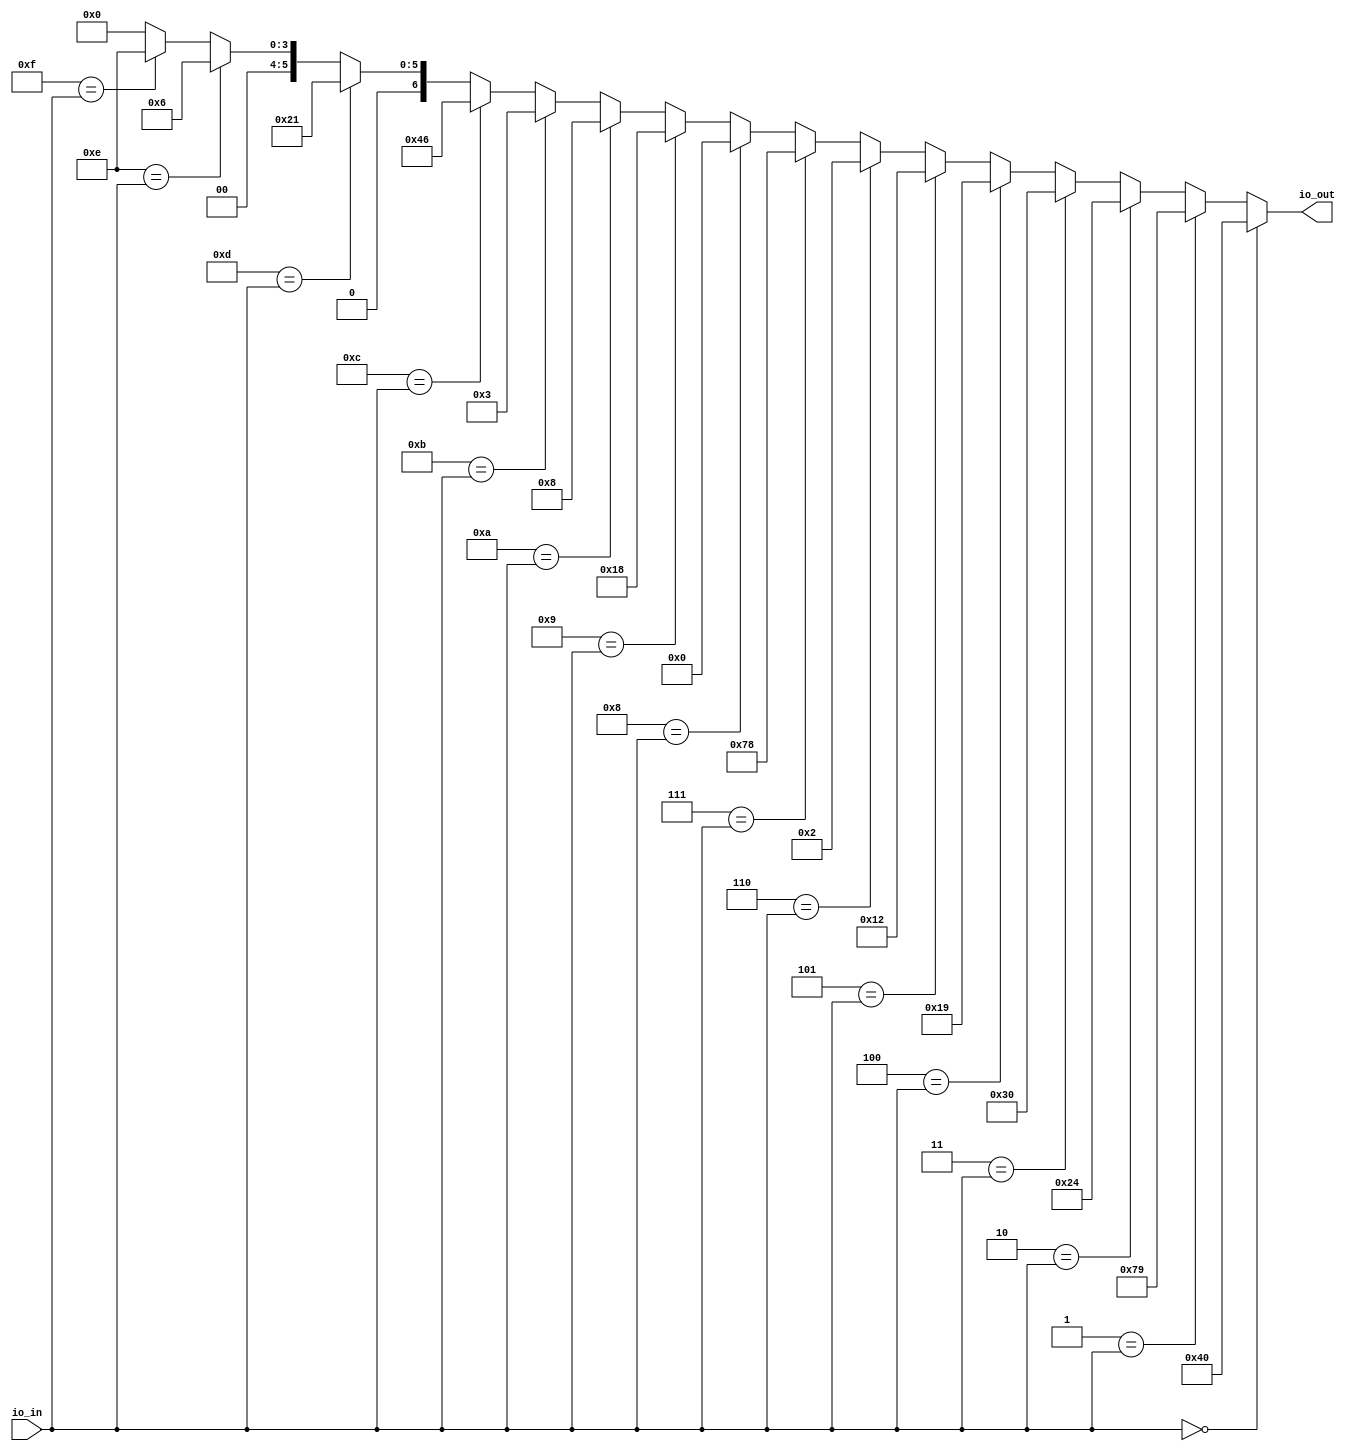
module decoder7seg(
  input  [3:0] io_in,
  output [6:0] io_out
);
  wire [6:0] _GEN_0 = 4'hf == io_in ? 7'he : 7'h0; // @[decoder7seg.scala 14:17 30:29]
  wire [6:0] _GEN_1 = 4'he == io_in ? 7'h6 : _GEN_0; // @[decoder7seg.scala 14:17 29:29]
  wire [6:0] _GEN_2 = 4'hd == io_in ? 7'h21 : _GEN_1; // @[decoder7seg.scala 14:17 28:29]
  wire [6:0] _GEN_3 = 4'hc == io_in ? 7'h46 : _GEN_2; // @[decoder7seg.scala 14:17 27:29]
  wire [6:0] _GEN_4 = 4'hb == io_in ? 7'h3 : _GEN_3; // @[decoder7seg.scala 14:17 26:29]
  wire [6:0] _GEN_5 = 4'ha == io_in ? 7'h8 : _GEN_4; // @[decoder7seg.scala 14:17 25:29]
  wire [6:0] _GEN_6 = 4'h9 == io_in ? 7'h18 : _GEN_5; // @[decoder7seg.scala 14:17 24:29]
  wire [6:0] _GEN_7 = 4'h8 == io_in ? 7'h0 : _GEN_6; // @[decoder7seg.scala 14:17 23:29]
  wire [6:0] _GEN_8 = 4'h7 == io_in ? 7'h78 : _GEN_7; // @[decoder7seg.scala 14:17 22:29]
  wire [6:0] _GEN_9 = 4'h6 == io_in ? 7'h2 : _GEN_8; // @[decoder7seg.scala 14:17 21:29]
  wire [6:0] _GEN_10 = 4'h5 == io_in ? 7'h12 : _GEN_9; // @[decoder7seg.scala 14:17 20:29]
  wire [6:0] _GEN_11 = 4'h4 == io_in ? 7'h19 : _GEN_10; // @[decoder7seg.scala 14:17 19:29]
  wire [6:0] _GEN_12 = 4'h3 == io_in ? 7'h30 : _GEN_11; // @[decoder7seg.scala 14:17 18:29]
  wire [6:0] _GEN_13 = 4'h2 == io_in ? 7'h24 : _GEN_12; // @[decoder7seg.scala 14:17 17:29]
  wire [6:0] _GEN_14 = 4'h1 == io_in ? 7'h79 : _GEN_13; // @[decoder7seg.scala 14:17 16:29]
  assign io_out = 4'h0 == io_in ? 7'h40 : _GEN_14; // @[decoder7seg.scala 14:17 15:29]
endmodule
module Tx(
  input        clock,
  input        reset,
  output       io_txd,
  output       io_channel_ready,
  input        io_channel_valid,
  input  [7:0] io_channel_bits
);
`ifdef RANDOMIZE_REG_INIT
  reg [31:0] _RAND_0;
  reg [31:0] _RAND_1;
  reg [31:0] _RAND_2;
`endif // RANDOMIZE_REG_INIT
  reg [10:0] shiftReg; // @[Uart.scala 29:25]
  reg [19:0] cntReg; // @[Uart.scala 30:23]
  reg [3:0] bitsReg; // @[Uart.scala 31:24]
  wire  _io_channel_ready_T = cntReg == 20'h0; // @[Uart.scala 33:31]
  wire [9:0] shift = shiftReg[10:1]; // @[Uart.scala 40:28]
  wire [10:0] _shiftReg_T_1 = {1'h1,shift}; // @[Cat.scala 31:58]
  wire [3:0] _bitsReg_T_1 = bitsReg - 4'h1; // @[Uart.scala 42:26]
  wire [10:0] _shiftReg_T_3 = {2'h3,io_channel_bits,1'h0}; // @[Cat.scala 31:58]
  wire [19:0] _cntReg_T_1 = cntReg - 20'h1; // @[Uart.scala 53:22]
  assign io_txd = shiftReg[0]; // @[Uart.scala 34:21]
  assign io_channel_ready = cntReg == 20'h0 & bitsReg == 4'h0; // @[Uart.scala 33:40]
  always @(posedge clock) begin
    if (reset) begin // @[Uart.scala 29:25]
      shiftReg <= 11'h7ff; // @[Uart.scala 29:25]
    end else if (_io_channel_ready_T) begin // @[Uart.scala 36:24]
      if (bitsReg != 4'h0) begin // @[Uart.scala 39:27]
        shiftReg <= _shiftReg_T_1; // @[Uart.scala 41:16]
      end else if (io_channel_valid) begin // @[Uart.scala 44:30]
        shiftReg <= _shiftReg_T_3; // @[Uart.scala 45:18]
      end else begin
        shiftReg <= 11'h7ff; // @[Uart.scala 48:18]
      end
    end
    if (reset) begin // @[Uart.scala 30:23]
      cntReg <= 20'h0; // @[Uart.scala 30:23]
    end else if (_io_channel_ready_T) begin // @[Uart.scala 36:24]
      cntReg <= 20'h1b1; // @[Uart.scala 38:12]
    end else begin
      cntReg <= _cntReg_T_1; // @[Uart.scala 53:12]
    end
    if (reset) begin // @[Uart.scala 31:24]
      bitsReg <= 4'h0; // @[Uart.scala 31:24]
    end else if (_io_channel_ready_T) begin // @[Uart.scala 36:24]
      if (bitsReg != 4'h0) begin // @[Uart.scala 39:27]
        bitsReg <= _bitsReg_T_1; // @[Uart.scala 42:15]
      end else if (io_channel_valid) begin // @[Uart.scala 44:30]
        bitsReg <= 4'hb; // @[Uart.scala 46:17]
      end
    end
  end
// Register and memory initialization
`ifdef RANDOMIZE_GARBAGE_ASSIGN
`define RANDOMIZE
`endif
`ifdef RANDOMIZE_INVALID_ASSIGN
`define RANDOMIZE
`endif
`ifdef RANDOMIZE_REG_INIT
`define RANDOMIZE
`endif
`ifdef RANDOMIZE_MEM_INIT
`define RANDOMIZE
`endif
`ifndef RANDOM
`define RANDOM $random
`endif
`ifdef RANDOMIZE_MEM_INIT
  integer initvar;
`endif
`ifndef SYNTHESIS
`ifdef FIRRTL_BEFORE_INITIAL
`FIRRTL_BEFORE_INITIAL
`endif
initial begin
  `ifdef RANDOMIZE
    `ifdef INIT_RANDOM
      `INIT_RANDOM
    `endif
    `ifndef VERILATOR
      `ifdef RANDOMIZE_DELAY
        #`RANDOMIZE_DELAY begin end
      `else
        #0.002 begin end
      `endif
    `endif
`ifdef RANDOMIZE_REG_INIT
  _RAND_0 = {1{`RANDOM}};
  shiftReg = _RAND_0[10:0];
  _RAND_1 = {1{`RANDOM}};
  cntReg = _RAND_1[19:0];
  _RAND_2 = {1{`RANDOM}};
  bitsReg = _RAND_2[3:0];
`endif // RANDOMIZE_REG_INIT
  `endif // RANDOMIZE
end // initial
`ifdef FIRRTL_AFTER_INITIAL
`FIRRTL_AFTER_INITIAL
`endif
`endif // SYNTHESIS
endmodule
module Buffer(
  input        clock,
  input        reset,
  output       io_in_ready,
  input        io_in_valid,
  input  [7:0] io_in_bits,
  input        io_out_ready,
  output       io_out_valid,
  output [7:0] io_out_bits
);
`ifdef RANDOMIZE_REG_INIT
  reg [31:0] _RAND_0;
  reg [31:0] _RAND_1;
`endif // RANDOMIZE_REG_INIT
  reg  stateReg; // @[Uart.scala 115:25]
  reg [7:0] dataReg; // @[Uart.scala 116:24]
  wire  _io_in_ready_T = ~stateReg; // @[Uart.scala 118:27]
  wire  _GEN_1 = io_in_valid | stateReg; // @[Uart.scala 122:23 124:16 115:25]
  assign io_in_ready = ~stateReg; // @[Uart.scala 118:27]
  assign io_out_valid = stateReg; // @[Uart.scala 119:28]
  assign io_out_bits = dataReg; // @[Uart.scala 131:15]
  always @(posedge clock) begin
    if (reset) begin // @[Uart.scala 115:25]
      stateReg <= 1'h0; // @[Uart.scala 115:25]
    end else if (_io_in_ready_T) begin // @[Uart.scala 121:28]
      stateReg <= _GEN_1;
    end else if (io_out_ready) begin // @[Uart.scala 127:24]
      stateReg <= 1'h0; // @[Uart.scala 128:16]
    end
    if (reset) begin // @[Uart.scala 116:24]
      dataReg <= 8'h0; // @[Uart.scala 116:24]
    end else if (_io_in_ready_T) begin // @[Uart.scala 121:28]
      if (io_in_valid) begin // @[Uart.scala 122:23]
        dataReg <= io_in_bits; // @[Uart.scala 123:15]
      end
    end
  end
// Register and memory initialization
`ifdef RANDOMIZE_GARBAGE_ASSIGN
`define RANDOMIZE
`endif
`ifdef RANDOMIZE_INVALID_ASSIGN
`define RANDOMIZE
`endif
`ifdef RANDOMIZE_REG_INIT
`define RANDOMIZE
`endif
`ifdef RANDOMIZE_MEM_INIT
`define RANDOMIZE
`endif
`ifndef RANDOM
`define RANDOM $random
`endif
`ifdef RANDOMIZE_MEM_INIT
  integer initvar;
`endif
`ifndef SYNTHESIS
`ifdef FIRRTL_BEFORE_INITIAL
`FIRRTL_BEFORE_INITIAL
`endif
initial begin
  `ifdef RANDOMIZE
    `ifdef INIT_RANDOM
      `INIT_RANDOM
    `endif
    `ifndef VERILATOR
      `ifdef RANDOMIZE_DELAY
        #`RANDOMIZE_DELAY begin end
      `else
        #0.002 begin end
      `endif
    `endif
`ifdef RANDOMIZE_REG_INIT
  _RAND_0 = {1{`RANDOM}};
  stateReg = _RAND_0[0:0];
  _RAND_1 = {1{`RANDOM}};
  dataReg = _RAND_1[7:0];
`endif // RANDOMIZE_REG_INIT
  `endif // RANDOMIZE
end // initial
`ifdef FIRRTL_AFTER_INITIAL
`FIRRTL_AFTER_INITIAL
`endif
`endif // SYNTHESIS
endmodule
module BufferedTx(
  input        clock,
  input        reset,
  output       io_txd,
  output       io_channel_ready,
  input        io_channel_valid,
  input  [7:0] io_channel_bits
);
  wire  tx_clock; // @[Uart.scala 142:18]
  wire  tx_reset; // @[Uart.scala 142:18]
  wire  tx_io_txd; // @[Uart.scala 142:18]
  wire  tx_io_channel_ready; // @[Uart.scala 142:18]
  wire  tx_io_channel_valid; // @[Uart.scala 142:18]
  wire [7:0] tx_io_channel_bits; // @[Uart.scala 142:18]
  wire  buf__clock; // @[Uart.scala 143:19]
  wire  buf__reset; // @[Uart.scala 143:19]
  wire  buf__io_in_ready; // @[Uart.scala 143:19]
  wire  buf__io_in_valid; // @[Uart.scala 143:19]
  wire [7:0] buf__io_in_bits; // @[Uart.scala 143:19]
  wire  buf__io_out_ready; // @[Uart.scala 143:19]
  wire  buf__io_out_valid; // @[Uart.scala 143:19]
  wire [7:0] buf__io_out_bits; // @[Uart.scala 143:19]
  Tx tx ( // @[Uart.scala 142:18]
    .clock(tx_clock),
    .reset(tx_reset),
    .io_txd(tx_io_txd),
    .io_channel_ready(tx_io_channel_ready),
    .io_channel_valid(tx_io_channel_valid),
    .io_channel_bits(tx_io_channel_bits)
  );
  Buffer buf_ ( // @[Uart.scala 143:19]
    .clock(buf__clock),
    .reset(buf__reset),
    .io_in_ready(buf__io_in_ready),
    .io_in_valid(buf__io_in_valid),
    .io_in_bits(buf__io_in_bits),
    .io_out_ready(buf__io_out_ready),
    .io_out_valid(buf__io_out_valid),
    .io_out_bits(buf__io_out_bits)
  );
  assign io_txd = tx_io_txd; // @[Uart.scala 147:10]
  assign io_channel_ready = buf__io_in_ready; // @[Uart.scala 145:13]
  assign tx_clock = clock;
  assign tx_reset = reset;
  assign tx_io_channel_valid = buf__io_out_valid; // @[Uart.scala 146:17]
  assign tx_io_channel_bits = buf__io_out_bits; // @[Uart.scala 146:17]
  assign buf__clock = clock;
  assign buf__reset = reset;
  assign buf__io_in_valid = io_channel_valid; // @[Uart.scala 145:13]
  assign buf__io_in_bits = io_channel_bits; // @[Uart.scala 145:13]
  assign buf__io_out_ready = tx_io_channel_ready; // @[Uart.scala 146:17]
endmodule
module temp(
  input         clock,
  input         reset,
  input  [17:0] io_SW,
  output        io_txd_instr,
  output [6:0]  io_hex7,
  output [6:0]  io_hex6,
  output [6:0]  io_hex5,
  output [6:0]  io_hex4,
  output [6:0]  io_hex3,
  output [6:0]  io_hex2,
  output [6:0]  io_hex1,
  output [6:0]  io_hex0,
  output [17:0] io_LEDR,
  output [7:0]  io_LEDG,
  input  [3:0]  io_KEY
);
`ifdef RANDOMIZE_REG_INIT
  reg [31:0] _RAND_0;
`endif // RANDOMIZE_REG_INIT
  wire [3:0] U_decoder7seg_7_io_in; // @[temp.scala 55:31]
  wire [6:0] U_decoder7seg_7_io_out; // @[temp.scala 55:31]
  wire [3:0] U_decoder7seg_6_io_in; // @[temp.scala 56:31]
  wire [6:0] U_decoder7seg_6_io_out; // @[temp.scala 56:31]
  wire [3:0] U_decoder7seg_5_io_in; // @[temp.scala 57:31]
  wire [6:0] U_decoder7seg_5_io_out; // @[temp.scala 57:31]
  wire [3:0] U_decoder7seg_4_io_in; // @[temp.scala 58:31]
  wire [6:0] U_decoder7seg_4_io_out; // @[temp.scala 58:31]
  wire [3:0] U_decoder7seg_3_io_in; // @[temp.scala 59:31]
  wire [6:0] U_decoder7seg_3_io_out; // @[temp.scala 59:31]
  wire [3:0] U_decoder7seg_2_io_in; // @[temp.scala 60:31]
  wire [6:0] U_decoder7seg_2_io_out; // @[temp.scala 60:31]
  wire [3:0] U_decoder7seg_1_io_in; // @[temp.scala 61:31]
  wire [6:0] U_decoder7seg_1_io_out; // @[temp.scala 61:31]
  wire [3:0] U_decoder7seg_0_io_in; // @[temp.scala 62:31]
  wire [6:0] U_decoder7seg_0_io_out; // @[temp.scala 62:31]
  wire  tx_clock; // @[temp.scala 84:18]
  wire  tx_reset; // @[temp.scala 84:18]
  wire  tx_io_txd; // @[temp.scala 84:18]
  wire  tx_io_channel_ready; // @[temp.scala 84:18]
  wire  tx_io_channel_valid; // @[temp.scala 84:18]
  wire [7:0] tx_io_channel_bits; // @[temp.scala 84:18]
  wire [7:0] Inport1 = io_SW[7:0]; // @[temp.scala 43:23]
  wire [7:0] Inport2 = io_SW[15:8]; // @[temp.scala 44:23]
  wire [7:0] _Outport_T_1 = Inport1 + Inport2; // @[temp.scala 51:22]
  wire [15:0] Outport = {{8'd0}, _Outport_T_1};
  reg [7:0] cntReg2; // @[temp.scala 98:24]
  wire [5:0] _GEN_1 = 4'h1 == cntReg2[3:0] ? 6'h31 : 6'h30; // @[temp.scala 100:{22,22}]
  wire [5:0] _GEN_2 = 4'h2 == cntReg2[3:0] ? 6'h32 : _GEN_1; // @[temp.scala 100:{22,22}]
  wire [5:0] _GEN_3 = 4'h3 == cntReg2[3:0] ? 6'h33 : _GEN_2; // @[temp.scala 100:{22,22}]
  wire [5:0] _GEN_4 = 4'h4 == cntReg2[3:0] ? 6'h34 : _GEN_3; // @[temp.scala 100:{22,22}]
  wire [5:0] _GEN_5 = 4'h5 == cntReg2[3:0] ? 6'h35 : _GEN_4; // @[temp.scala 100:{22,22}]
  wire [5:0] _GEN_6 = 4'h6 == cntReg2[3:0] ? 6'h36 : _GEN_5; // @[temp.scala 100:{22,22}]
  wire [5:0] _GEN_7 = 4'h7 == cntReg2[3:0] ? 6'h37 : _GEN_6; // @[temp.scala 100:{22,22}]
  wire [5:0] _GEN_8 = 4'h8 == cntReg2[3:0] ? 6'h38 : _GEN_7; // @[temp.scala 100:{22,22}]
  wire [5:0] _GEN_9 = 4'h9 == cntReg2[3:0] ? 6'h39 : _GEN_8; // @[temp.scala 100:{22,22}]
  wire [5:0] _GEN_10 = 4'ha == cntReg2[3:0] ? 6'h20 : _GEN_9; // @[temp.scala 100:{22,22}]
  wire  _tx_io_channel_valid_T = cntReg2 != 8'hb; // @[temp.scala 101:34]
  wire [7:0] _cntReg2_T_1 = cntReg2 + 8'h1; // @[temp.scala 106:24]
  wire [3:0] _LEDG_T = ~io_KEY; // @[temp.scala 114:24]
  decoder7seg U_decoder7seg_7 ( // @[temp.scala 55:31]
    .io_in(U_decoder7seg_7_io_in),
    .io_out(U_decoder7seg_7_io_out)
  );
  decoder7seg U_decoder7seg_6 ( // @[temp.scala 56:31]
    .io_in(U_decoder7seg_6_io_in),
    .io_out(U_decoder7seg_6_io_out)
  );
  decoder7seg U_decoder7seg_5 ( // @[temp.scala 57:31]
    .io_in(U_decoder7seg_5_io_in),
    .io_out(U_decoder7seg_5_io_out)
  );
  decoder7seg U_decoder7seg_4 ( // @[temp.scala 58:31]
    .io_in(U_decoder7seg_4_io_in),
    .io_out(U_decoder7seg_4_io_out)
  );
  decoder7seg U_decoder7seg_3 ( // @[temp.scala 59:31]
    .io_in(U_decoder7seg_3_io_in),
    .io_out(U_decoder7seg_3_io_out)
  );
  decoder7seg U_decoder7seg_2 ( // @[temp.scala 60:31]
    .io_in(U_decoder7seg_2_io_in),
    .io_out(U_decoder7seg_2_io_out)
  );
  decoder7seg U_decoder7seg_1 ( // @[temp.scala 61:31]
    .io_in(U_decoder7seg_1_io_in),
    .io_out(U_decoder7seg_1_io_out)
  );
  decoder7seg U_decoder7seg_0 ( // @[temp.scala 62:31]
    .io_in(U_decoder7seg_0_io_in),
    .io_out(U_decoder7seg_0_io_out)
  );
  BufferedTx tx ( // @[temp.scala 84:18]
    .clock(tx_clock),
    .reset(tx_reset),
    .io_txd(tx_io_txd),
    .io_channel_ready(tx_io_channel_ready),
    .io_channel_valid(tx_io_channel_valid),
    .io_channel_bits(tx_io_channel_bits)
  );
  assign io_txd_instr = tx_io_txd; // @[temp.scala 85:16]
  assign io_hex7 = U_decoder7seg_7_io_out; // @[temp.scala 74:11]
  assign io_hex6 = U_decoder7seg_6_io_out; // @[temp.scala 75:11]
  assign io_hex5 = U_decoder7seg_5_io_out; // @[temp.scala 76:11]
  assign io_hex4 = U_decoder7seg_4_io_out; // @[temp.scala 77:11]
  assign io_hex3 = U_decoder7seg_3_io_out; // @[temp.scala 78:11]
  assign io_hex2 = U_decoder7seg_2_io_out; // @[temp.scala 79:11]
  assign io_hex1 = U_decoder7seg_1_io_out; // @[temp.scala 80:11]
  assign io_hex0 = U_decoder7seg_0_io_out; // @[temp.scala 81:11]
  assign io_LEDR = io_SW; // @[temp.scala 113:17]
  assign io_LEDG = {_LEDG_T,_LEDG_T}; // @[Cat.scala 31:58]
  assign U_decoder7seg_7_io_in = Inport1[7:4]; // @[temp.scala 64:35]
  assign U_decoder7seg_6_io_in = Inport1[3:0]; // @[temp.scala 65:35]
  assign U_decoder7seg_5_io_in = Inport2[7:4]; // @[temp.scala 66:35]
  assign U_decoder7seg_4_io_in = Inport2[3:0]; // @[temp.scala 67:35]
  assign U_decoder7seg_3_io_in = Outport[15:12]; // @[temp.scala 69:35]
  assign U_decoder7seg_2_io_in = Outport[11:8]; // @[temp.scala 70:35]
  assign U_decoder7seg_1_io_in = Outport[7:4]; // @[temp.scala 71:35]
  assign U_decoder7seg_0_io_in = Outport[3:0]; // @[temp.scala 72:35]
  assign tx_clock = clock;
  assign tx_reset = reset;
  assign tx_io_channel_valid = cntReg2 != 8'hb; // @[temp.scala 101:34]
  assign tx_io_channel_bits = {{2'd0}, _GEN_10}; // @[temp.scala 100:22]
  always @(posedge clock) begin
    if (reset) begin // @[temp.scala 98:24]
      cntReg2 <= 8'h0; // @[temp.scala 98:24]
    end else if (tx_io_channel_ready & _tx_io_channel_valid_T) begin // @[temp.scala 105:48]
      cntReg2 <= _cntReg2_T_1; // @[temp.scala 106:13]
    end else if (cntReg2 == 8'hb) begin // @[temp.scala 107:31]
      cntReg2 <= 8'h0; // @[temp.scala 108:13]
    end
  end
// Register and memory initialization
`ifdef RANDOMIZE_GARBAGE_ASSIGN
`define RANDOMIZE
`endif
`ifdef RANDOMIZE_INVALID_ASSIGN
`define RANDOMIZE
`endif
`ifdef RANDOMIZE_REG_INIT
`define RANDOMIZE
`endif
`ifdef RANDOMIZE_MEM_INIT
`define RANDOMIZE
`endif
`ifndef RANDOM
`define RANDOM $random
`endif
`ifdef RANDOMIZE_MEM_INIT
  integer initvar;
`endif
`ifndef SYNTHESIS
`ifdef FIRRTL_BEFORE_INITIAL
`FIRRTL_BEFORE_INITIAL
`endif
initial begin
  `ifdef RANDOMIZE
    `ifdef INIT_RANDOM
      `INIT_RANDOM
    `endif
    `ifndef VERILATOR
      `ifdef RANDOMIZE_DELAY
        #`RANDOMIZE_DELAY begin end
      `else
        #0.002 begin end
      `endif
    `endif
`ifdef RANDOMIZE_REG_INIT
  _RAND_0 = {1{`RANDOM}};
  cntReg2 = _RAND_0[7:0];
`endif // RANDOMIZE_REG_INIT
  `endif // RANDOMIZE
end // initial
`ifdef FIRRTL_AFTER_INITIAL
`FIRRTL_AFTER_INITIAL
`endif
`endif // SYNTHESIS
endmodule